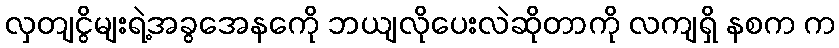
လှတျငွိမျးရဲ့အခွအေနကေို ဘယျလိုပေးလဲဆိုတာကို လကျရှိ နစက က